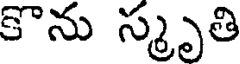
కొను స్మృతి